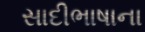
સાદીભાષાના